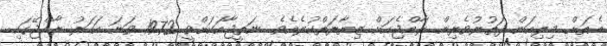
އެތަށް މިލިއަން ފަތުރުވެރިން ރާއްޖެއަށް ޒިޔާރަތްކުރެއެވެ. ނަތީޖާއަކަށްވީ 1972 ވަނަ އަހަރު ރާއްޖޭގައި